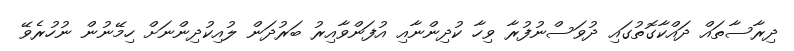
ދިރާސާތައް ދައްކާގޮތުގައި ދުވަސްނުފުރާ ވިހާ ކުދިންނާއި އުފަންވާއިރު ބަރުދަން ލުއިކުދިންނަށް ހިމޭނުން ނުހުރެވޭ